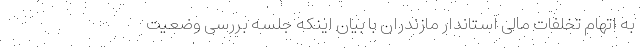
به اتهام تخلفات مالی استاندار مازندران با بیان اینکه جلسه بررسی وضعیت